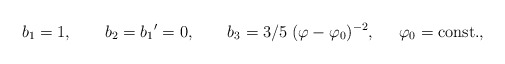
\begin{align*}b_{1}=1,\ \ \ \ \ \ b_{2}={b_{1}}^{\prime }=0,\ \ \ \ \ \ b_{3}={3}/{5}\;(\varphi -\varphi _{0})^{-2},\;\;\;\;\;\varphi _{0}=\mbox{const.},\end{align*}